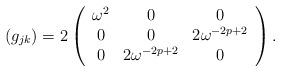
LaTeX: \begin{align*}(g_{jk}) = 2 \left( \begin{array}{ccc}\omega^2 & 0 & 0 \\0& 0 & 2\omega^{-2p+2}\\0 & 2\omega^{-2p+2} & 0 \end{array} \right). \end{align*}